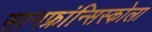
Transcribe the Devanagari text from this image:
सानफ्रांन्सिस्कोला